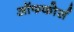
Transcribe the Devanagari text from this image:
ऑफकोर्स